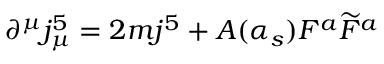
\partial ^ { \mu } j _ { \mu } ^ { 5 } = 2 m j ^ { 5 } + A ( \alpha _ { s } ) F ^ { a } \widetilde { F } ^ { a }